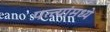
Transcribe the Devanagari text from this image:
पत्त्यांमध्ये